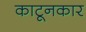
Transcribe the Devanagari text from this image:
काटूनकार